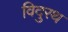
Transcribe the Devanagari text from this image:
विदुरथ